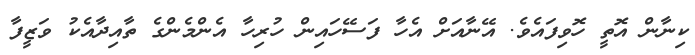
ކިނާން އޮތީ ހޮވިފައެވެ. އޭނާއަށް އެހާ ފަސޭހައިން ހުރިހާ އެންމެންގެ ތާއިދާއެކު ވަޒީފާ